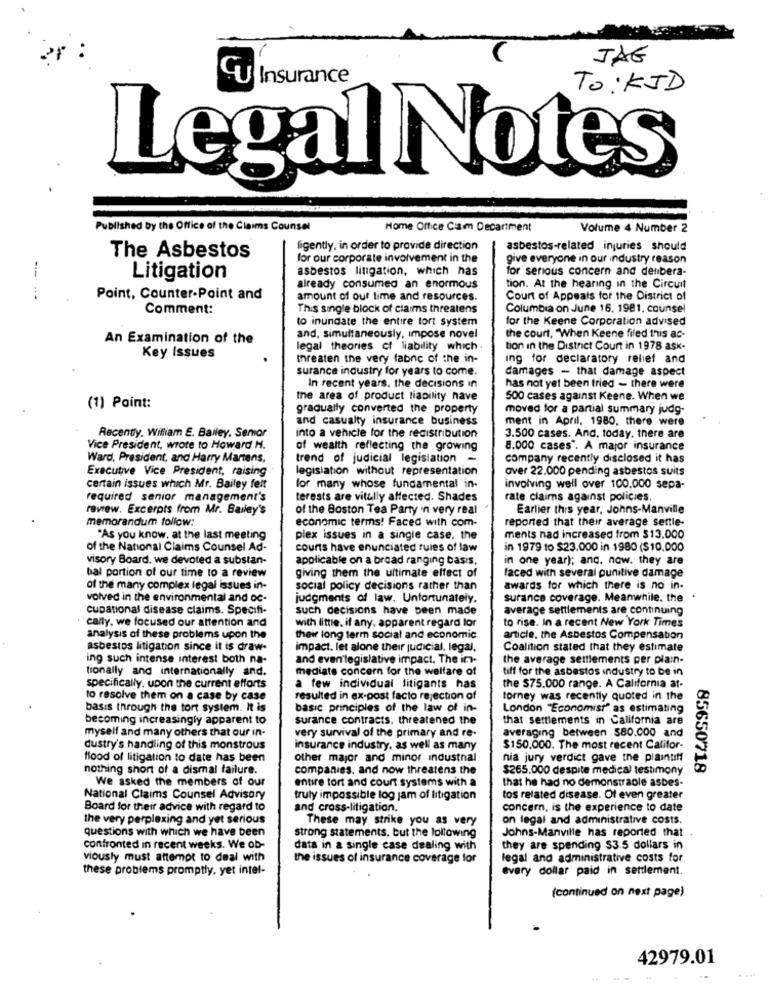
JAG
CU Insurance
To: KJD
Legal Notes®
Published by the Office of the Claims Counsel
Home Office Ciam Department
Volume 4 Number 2
ligently, in order to provide direction
asbestos-related injuries should
The Asbestos
for our corporate involvement in the
give everyone in our industry reason
asbestos litigation, which has
for serious concern and denbera-
Litigation
already consumed an enormous
tion. At the hearing in the Circuit
--- - 4
Point, Counter-Point and
amount of our time and resources.
Court of Appeals for the District of
Comment:
This single block of claims threatens
Columbia on June 16. 1981. counsel
to inundate the entire tort system
for the Keene Corporation advised
An Examination of the
and, simultaneously, impose novel
the court, "When Keene filed this ac-
legal theories of liability which .
tion in the District Court in 1978 ask.
Key Issues
threaten the very fabnc of the in-
ing for declaratory relief and
surance industry for years to come.
damages - that damage aspect
In recent years. the decisions in
has not yet been tried - there were
the area of product liability nave
500 cases against Keene. When we
(1) Point:
gradually converted the property
moved for a partial summary judg-
and casualty insurance business
ment in April, 1980. there were
Recently. William E. Bawley. Senior
into a vehicle for the redistribution
3.500 cases. And. today. there are
Vice President, wrote to Howard H.
of wealth reflecting the growing
8.000 cases". A major insurance
Ward, President, and Harry Martens,
trend of judicial legislation -
company recently disclosed it has
Executive Vice President, raising
legislation without representation
over 22.000 pending asbestos suits
certain issues which Mr. Bailey felt
for many whose fundamental in-
involving well over 100.000 sepa-
required senior management's
terests are vitully affected. Shades
rate claims against policies.
review. Excerpts from Mr. Bailey's
of the Boston Tea Party in very real
Earlier this year, Johns-Manville
memorandum follow:
economic terms! Faced with com-
reported that their average settle-
"As you know, at the last meeting
plex issues in a single case. the
ments nad increased from $13.000
of the National Claims Counsel Ad-
courts have enunciated rules of law
in 1979 to $23.000 in 1980 ($10.000
visory Board, we devoted a substan-
applicable on a broad ranging basis.
in one year); and. now. they are
faced with several punitive damage
bal portion of our time to a review
giving them the ultimate effect of
of the many complex legal issues in-
social policy decisions rather than
awards for which there is no in-
volved in the environmental and oc-
judgments of law. Unfortunately.
surance coverage. Meanwhile. the
cupational disease claims. Specifi-
such decisions have been made
average settlements are continuing
cally. we focused our attention and
with little, if any, apparent regard for
to rise. In a recent New York Times
analysis of these problems upon the
their long term social and economic
article. the Asbestos Compensation
asbestos litigation since it is draw-
impact. let alone their judicial. legal,
Coalition stated that they estimate
ing such intense interest both na-
and even'legislative impact. The in-
the average settlements per plain-
tionally and internationally and.
mediate concern for the welfare of
tiff for the asbestos industry to be in
specifically. upon the current efforts
a few individual litigants has
the $75.000 range. A California at-
to resolve them on a case by case
resulted in ex-post facto rejection of
torney was recently quoted in the
basis through the tort system. It is
basic principles of the law of in-
London "Economist" as estimating
becoming increasingly apparent to
surance contracts, threatened the
that settlements in California are
averaging between $80.000 and
myself and many others that our in-
very survival of the primary and re-
dustry's handling of this monstrous
insurance industry, as well as many
$150.000. The most recent Califor-
flood of litigation to date has been
other major and minor industrial
nia jury verdict gave the plaintiff
nothing short of a dismal failure.
companies. and now threatens the
$265.000 despite medical testimony
85650718
We asked the members of our
entire tort and court systems with a
that he had no demonstraole asbes-
National Claims Counsel Advisory
truly impossible log jam of litigation
tos related disease. Of even greater
Board for their advice with regard to
and cross-litigation.
concern, is the experience to date
the very perplexing and yet serious
These may strike you as very
on legal and administrative costs.
strong statements. but the lollowing
Johns-Manville has reported that .
questions with which we have been
confronted in recent weeks. We ob-
data in a single case dealing with
they are spending $3.5 dollars in
viously must attempt to deal with
the issues of insurance coverage for
legal and administrative costs for
these problems promptly, yet intel-
every dollar paid in settlement.
(continued on next page)
42979.01